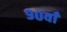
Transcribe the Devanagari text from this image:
९०वाँ